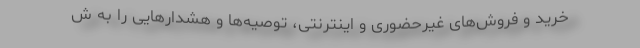
خرید و فروش‌های غیرحضوری و اینترنتی، توصیه‌ها و هشدارهایی را به ش